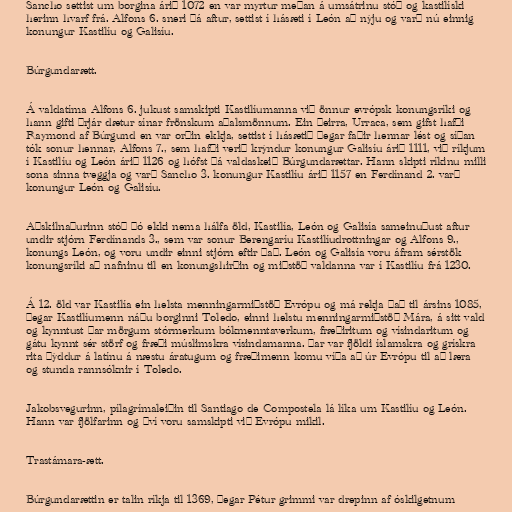
Sancho settist um borgina árið 1072 en var myrtur meðan á umsátrinu stóð og kastilíski
herinn hvarf frá. Alfons 6. sneri þá aftur, settist í hásæti í León að nýju og varð nú einnig
konungur Kastilíu og Galisíu.

Búrgundarætt.

Á valdatíma Alfons 6. jukust samskipti Kastilíumanna við önnur evrópsk konungsríki og
hann gifti þrjár dætur sínar frönskum aðalsmönnum. Ein þeirra, Urraca, sem gifst hafði
Raymond af Búrgund en var orðin ekkja, settist í hásætið þegar faðir hennar lést og síðan
tók sonur hennar, Alfons 7., sem hafði verið krýndur konungur Galisíu árið 1111, við ríkjum
í Kastilíu og León árið 1126 og hófst þá valdaskeið Búrgundarættar. Hann skipti ríkinu milli
sona sinna tveggja og varð Sancho 3. konungur Kastilíu árið 1157 en Ferdínand 2. varð
konungur León og Galisíu.

Aðskilnaðurinn stóð þó ekki nema hálfa öld, Kastilía, León og Galisía sameinuðust aftur
undir stjórn Ferdínands 3., sem var sonur Berengaríu Kastilíudrottningar og Alfons 9.,
konungs León, og voru undir einni stjórn eftir það. León og Galisía voru áfram sérstök
konungsríki að nafninu til en konungshirðin og miðstöð valdanna var í Kastilíu frá 1230.

Á 12. öld var Kastilía ein helsta menningarmiðstöð Evrópu og má rekja það til ársins 1085,
þegar Kastilíumenn náðu borginni Toledo, einni helstu menningarmiðstöð Mára, á sitt vald
og kynntust þar mörgum stórmerkum bókmenntaverkum, fræðiritum og vísindaritum og
gátu kynnt sér störf og fræði múslimskra vísindamanna. Þar var fjöldi íslamskra og grískra
rita þýddur á latínu á næstu áratugum og fræðimenn komu víða að úr Evrópu til að læra
og stunda rannsóknir í Toledo.

Jakobsvegurinn, pílagrímaleiðin til Santiago de Compostela lá líka um Kastilíu og León.
Hann var fjölfarinn og því voru samskipti við Evrópu mikil.

Trastámara-ætt.

Búrgundarættin er talin ríkja til 1369, þegar Pétur grimmi var drepinn af óskilgetnum